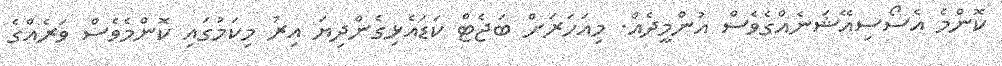
ކޮންމެ އެސޯސިއޭޝަނެއްގެވެސް އުންމީދެއް. މިއަހަރަށް ބަޖެޓް ކަޑައެޅިގެންދިޔަ އިރު މިކަމުގައި ކޮންމެވެސް ވަރެއްގެ